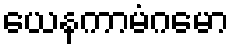
ယေနကာမံဂမော